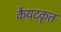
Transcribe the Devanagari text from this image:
कैयटकृत